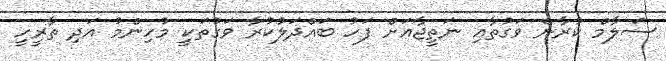
ސަލާމް ކުރާނެ ވަގުތާއި ނަތީޖާއަށް ފަހު ބައްދަލުކުރާ ވަގުތަކީ މުހިންމު އަދި ތާރީހީ